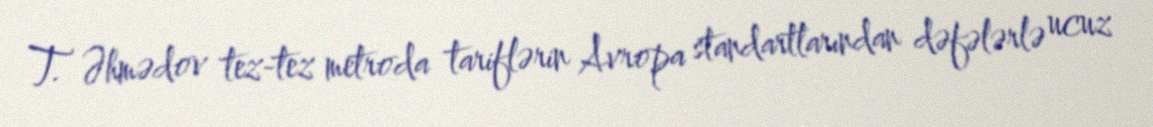
T. Əhmədov tez-tez metroda tariflərin Avropa standartlarından dəfələrlə ucuz